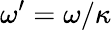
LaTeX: \omega^{\prime}=\omega/\kappa